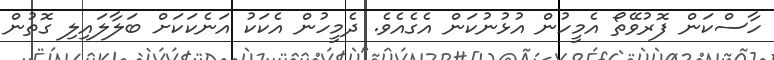
ހާސްކަން ފޮރުވޭތޯ އެމީހުން އުޅުނުކަން އެގެއެވެ. ދެމީހުން އެކަކު އަނެކަކަށް ބަލާލައިލި ގޮތުން